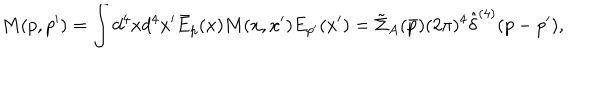
M ( p , p ^ { \prime } ) = \int d ^ { 4 } x d ^ { 4 } x ^ { \prime } \bar { E } _ { p } ( x ) M ( x , x ^ { \prime } ) E _ { p ^ { \prime } } ( x ^ { \prime } ) = \tilde { \Sigma } _ { A } ( \bar { p } ) ( 2 \pi ) ^ { 4 } \hat { \delta } ^ { ( 4 ) } ( p - p ^ { \prime } ) ,